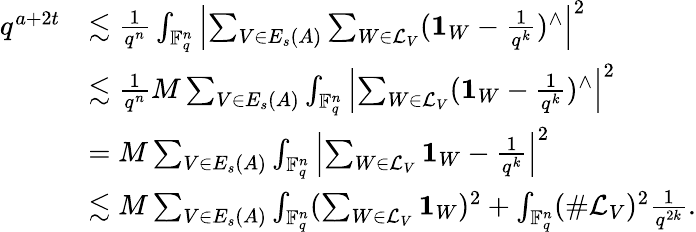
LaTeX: \begin{array}{rl}{q^{a+2t}}&{\lesssim\frac{1}{q^{n}}\int_{\mathbb{F}_{q}^{n}}\left|\sum_{V\in E_{s}(A)}\sum_{W\in\mathcal{L}_{V}}(\boldsymbol 1_{W}-\frac{1}{q^{k}})^{\wedge}\right|^{2}}\\ &{\lesssim\frac{1}{q^{n}}M\sum_{V\in E_{s}(A)}\int_{\mathbb{F}_{q}^{n}}\left|\sum_{W\in\mathcal{L}_{V}}(\boldsymbol 1_{W}-\frac{1}{q^{k}})^{\wedge}\right|^{2}}\\ &{=M\sum_{V\in E_{s}(A)}\int_{\mathbb{F}_{q}^{n}}\left|\sum_{W\in\mathcal{L}_{V}}\boldsymbol 1_{W}-\frac{1}{q^{k}}\right|^{2}}\\ &{\lesssim M\sum_{V\in E_{s}(A)}\int_{\mathbb{F}_{q}^{n}}(\sum_{W\in\mathcal{L}_{V}}\boldsymbol 1_{W})^{2}+\int_{\mathbb{F}_{q}^{n}}(\# \mathcal{L}_{V})^{2}\frac{1}{q^{2k}}.}\end{array}